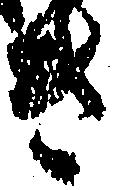
き